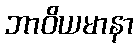
ဘာဝိယမာနာ